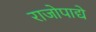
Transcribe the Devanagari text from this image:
राजोपाद्ये